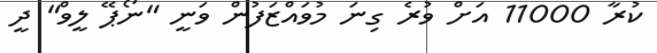
ކުރާ 11000 އަށް ވުރެ ގިނަ މުވައްޒަފުން ވަނީ "ނޯޕޭ ލީވް" ދީ